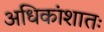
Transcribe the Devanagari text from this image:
अधिकांशातः